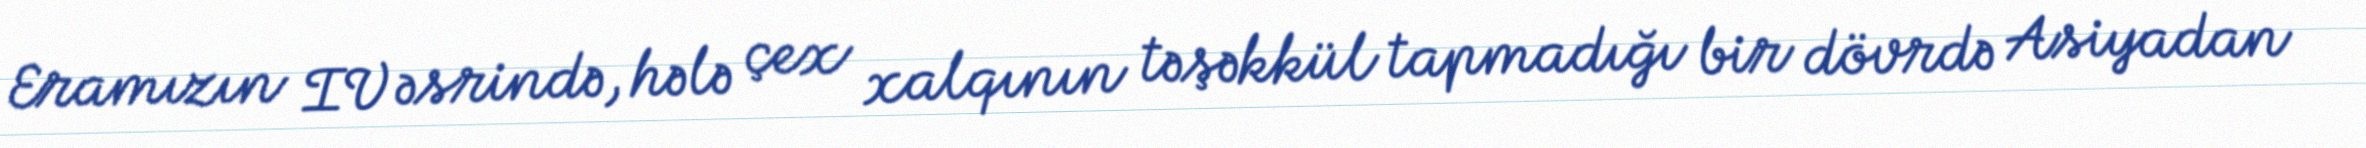
Eramızın IV əsrində, hələ çex xalqının təşəkkül tapmadığı bir dövrdə Asiyadan